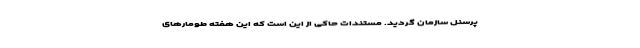
پرسنل سازمان گردید. مستندات حاکی از این است که این هفته طومارهای